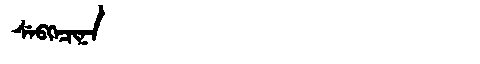
Manchu: ᠰᡝᠪᡴᡝᠴᡳᠨᠠ
Romanization: SEBKECINA